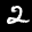
Label: 2